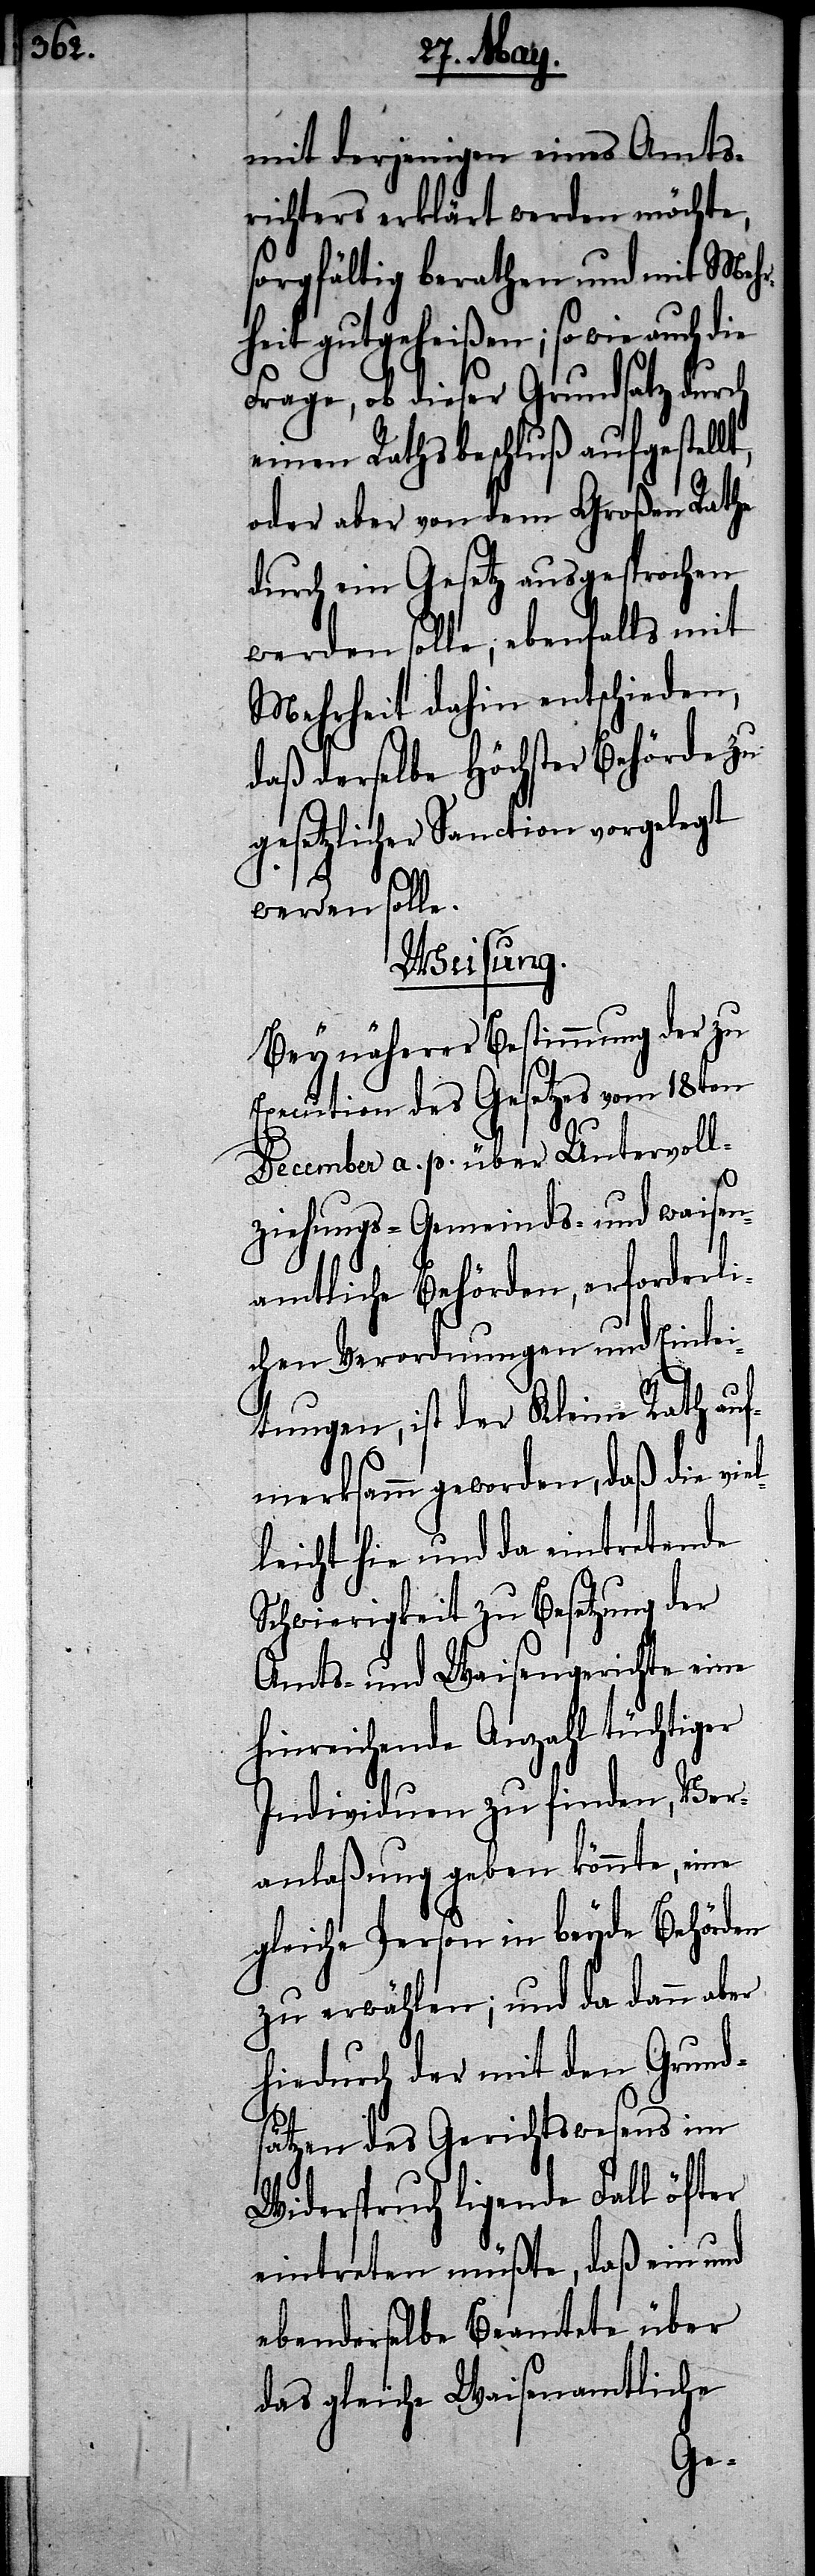
mit derjenigen eines Amts¬
richters erklärt werden möchte,
sorgfältig berathen und mit Mehr¬
heit gutgeheißen; so wie auch die
Frage, ob dieser Grundsatz durch
einen Rathsbeschluß aufgestellt,
oder aber von dem Großen Rathe
durch ein Gesetz ausgesprochen
werden solle, ebenfalls mit
Mehrheit dahin entschieden,
daß derselbe Höchster Behörde zu
gesetzlicher Sanction vorgelegt
el¬
werden solle.
Weisung.
Bey näherer Bestimmung der zu
Execution des Gesetzes vom 18ten
December a. p. über Untervoll¬
ziehungs- Gemeinds- und waisen¬
amtliche Behörden, erforderli¬
chen Verordnungen und Einlei¬
tungen, ist der Kleine Rath auf¬
merksamm geworden, daß die vi¬
leicht hie und da eintretende
Schwierigkeit zu Besetzung der
Amts- und Waisengerichte eine
hinreichende Anzahl tüchtiger
Individuen zu finden, Ver¬
anlaßung geben könnte, eine
gleiche Person in beyde Behörden
zu erwählen; und da dann aber
hiedurch der mit den Grund¬
sätzen des Gerichtswesens im
Widerspruch ligende Fall öfter
eintreten müßte, daß ein und
ebenderselbe Beamtete über
das gleiche Waisenamtliche